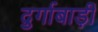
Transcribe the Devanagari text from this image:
दुर्गाबाड़ी